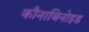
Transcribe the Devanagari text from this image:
कौनाबिनोइड